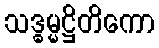
သဒ္ဓမ္မဋ္ဌိတိကော